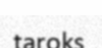
taroks